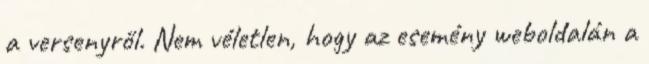
a versenyről. Nem véletlen, hogy az esemény weboldalán a